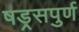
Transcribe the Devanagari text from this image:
षड्रसपुर्ण